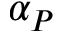
\alpha _ { P }